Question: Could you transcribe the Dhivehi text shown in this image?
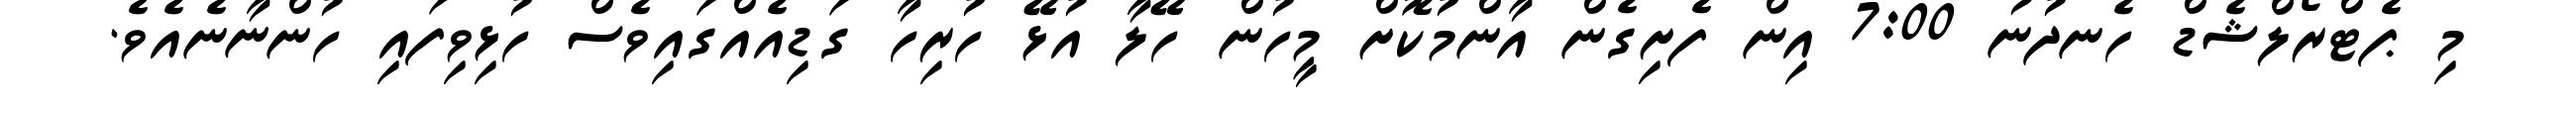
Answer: މި ޕެޓްރޯލްޝެޑް ހެނދުނު 7:00 އިން ފެށިގެން އާންމުކޮށް މީހުން ހޭލާ އުޅޭ ހުރިހާ ގަޑިއެއްގައިވެސް ހުޅިވިފައި ހުންނާނެއެވެ.